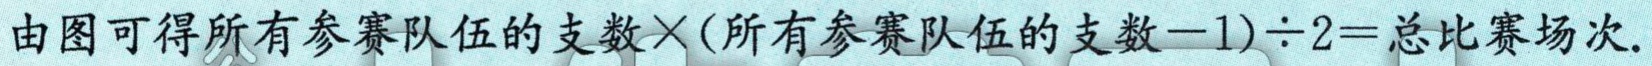
由图可得所有参赛队伍的支数$\times$(所有参赛队伍的支数$-1)\div 2=$总比赛场次.